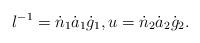
LaTeX: \begin{align*}l^{-1}=\dot n_1\dot a_1 \dot g_1,u=\dot n_2\dot a_2 \dot g_2.\end{align*}